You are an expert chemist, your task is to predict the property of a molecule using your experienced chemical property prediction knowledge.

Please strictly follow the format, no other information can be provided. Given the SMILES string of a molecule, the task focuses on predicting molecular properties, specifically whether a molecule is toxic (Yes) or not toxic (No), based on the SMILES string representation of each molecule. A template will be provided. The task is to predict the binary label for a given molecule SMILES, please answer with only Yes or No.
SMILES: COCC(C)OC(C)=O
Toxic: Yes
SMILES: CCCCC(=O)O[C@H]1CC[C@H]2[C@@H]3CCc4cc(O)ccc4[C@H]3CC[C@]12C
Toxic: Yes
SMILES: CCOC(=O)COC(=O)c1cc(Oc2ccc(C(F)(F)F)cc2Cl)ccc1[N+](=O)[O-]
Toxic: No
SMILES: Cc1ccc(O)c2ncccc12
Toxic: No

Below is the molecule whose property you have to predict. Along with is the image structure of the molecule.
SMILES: COc1ccc2c3c1O[C@H]1[C@@H](O)C=C[C@H]4[C@@H](C2)NCC[C@]314
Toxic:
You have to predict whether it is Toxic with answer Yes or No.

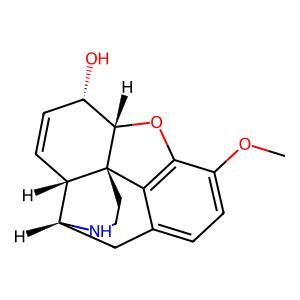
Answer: No